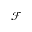
\mathcal { F }